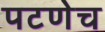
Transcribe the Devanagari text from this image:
पटणेच